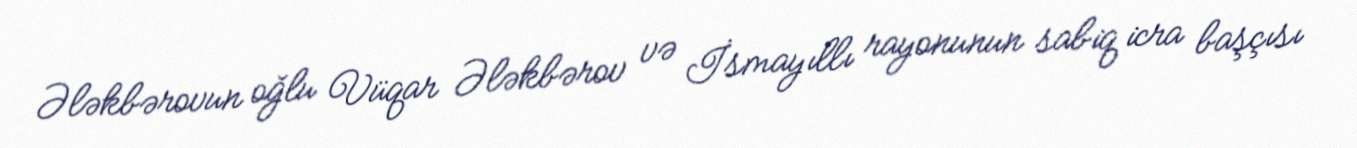
Ələkbərovun oğlu Vüqar Ələkbərov və İsmayıllı rayonunun sabiq icra başçısı